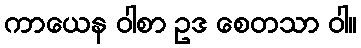
ကာယေန ဝါစာ ဥဒ စေတသာ ဝါ။